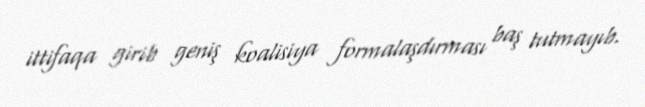
ittifaqa girib geniş koalisiya formalaşdırması baş tutmayıb.